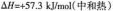
$$△ H = + 5 7 . 3 k V m o l$$(中和热)